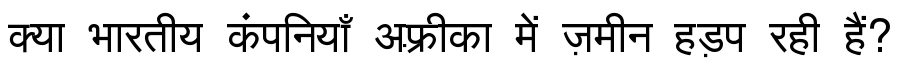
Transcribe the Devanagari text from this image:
क्या भारतीय कंपनियाँ अफ़्रीका में ज़मीन हड़प रही हैं?